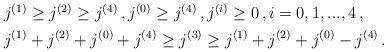
LaTeX: \begin{align*}\begin{aligned}& j^{(1)}\geq j^{(2)} \geq j^{(4)} \,,j^{(0)} \geq j^{(4)} \,, j^{(i)}\geq 0\,,i=0,1,...,4\,,\\&j^{(1)}+j^{(2)}+j^{(0)}+j^{(4)} \geq j^{(3)}\geq j^{(1)}+j^{(2)}+j^{(0)}-j^{(4)}\,. \end{aligned}\end{align*}